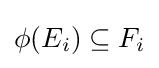
\phi (E_{i})\subseteq F_{i}